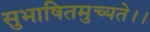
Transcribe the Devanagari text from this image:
सुभाषितमुच्यते।।